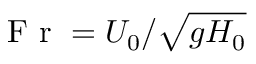
\textnormal { F r } = U _ { 0 } / \sqrt { g H _ { 0 } }